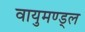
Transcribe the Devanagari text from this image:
वायुमण्ड्ल